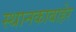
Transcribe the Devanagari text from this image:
स्थानकाबाहेर